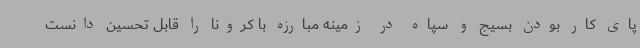
پای کار بودن بسیج و سپاه در زمینه مبارزه با کرونا را قابل تحسین دانست